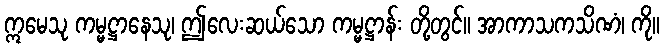
ဣမေသု ကမ္မဋ္ဌာနေသု၊ ဤလေးဆယ်သော ကမ္မဋ္ဌာန်း တို့တွင်။ အာကာသကသိဏံ၊ ကို။